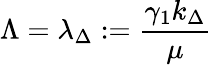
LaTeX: \Lambda=\lambda_{\Delta}:=\frac{\gamma_{1}k_{\Delta}}{\mu}